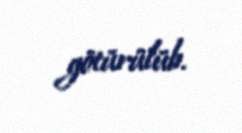
götürülüb.